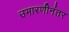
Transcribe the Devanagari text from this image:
उभारणीनंतर